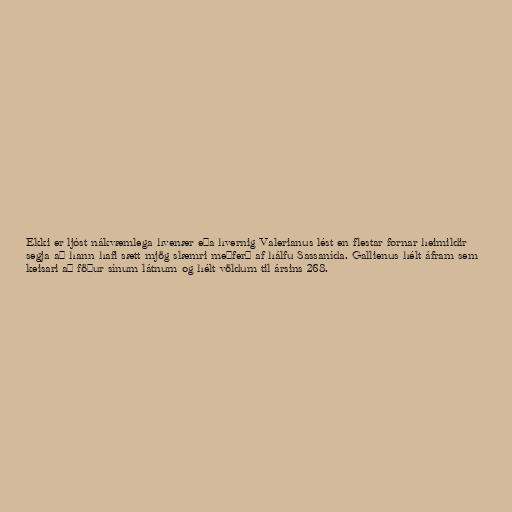
Ekki er ljóst nákvæmlega hvenær eða hvernig Valerianus lést en flestar fornar heimildir
segja að hann hafi sætt mjög slæmri meðferð af hálfu Sassanída. Gallienus hélt áfram sem
keisari að föður sínum látnum og hélt völdum til ársins 268.